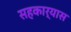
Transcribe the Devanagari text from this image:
सहकार्यास